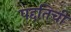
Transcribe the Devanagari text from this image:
पद्दतिची